Annual report on the working of the lock hospitals in the North-Western Provinces and Oudh
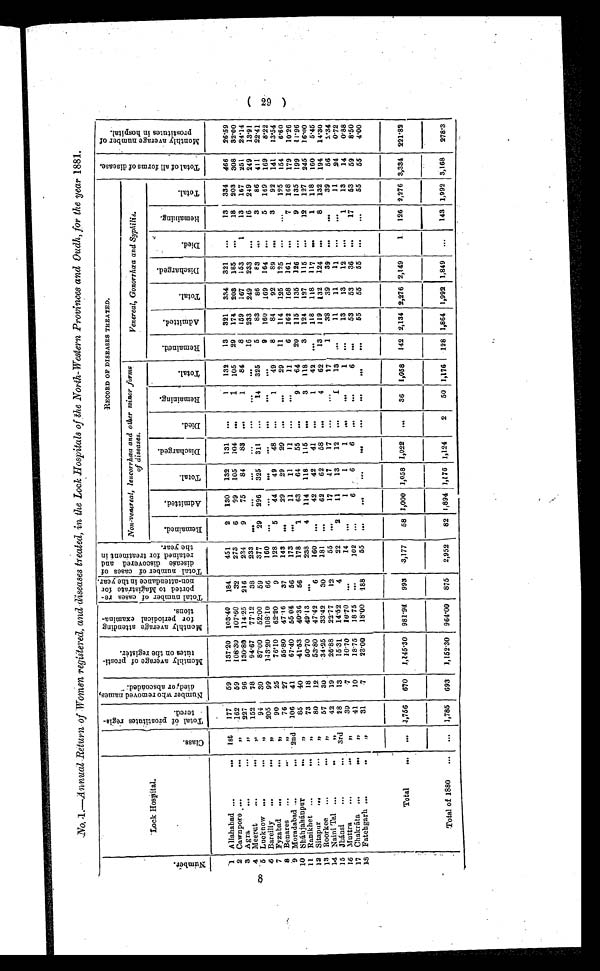
8
No. 1.—Annual Return of Women registered, and diseases treated, in the Lock Hospitals of the North-Western Provinces and Oudh, for the year 1881.
Nu mb e r .
Lock Hospital.
C l a s s .
T o t a l o f p r o s t i t u t e s r e g i s t e r e d .
N u m b e r w h o r e m o v e d n a m e s , d i e d , o r a b s c o n d e d .
M o n t h l y a v e r a g e o f p r o s t i t u t e s o n t h e r e g i s t e r . M o n t h l y a v e r a g e a t t e n d i n g f o r p e r i o d i c a l e x a m i n a t i o n s .
T o t a l n u m b e r o f c a s e s r e p o r t e d t o M a g i s t r a t e f o r n o n - a t t e n d a n c e i n t h e y e a r . T o t a l n u m b e r o f c a s e s o f d i s e a s e d i s c o v e r e d a n d r e t a i n e d f o r t r e a t m e n t i n t h e y e a r .
RECORD OF DISEASES TREATED.
T o t a l o f a l l f o r m s o f d i s e a s e s .
M o n t h l y a v e r a g e n u m b e r o f p r o s t i t u t e s i n h o s p i t a l .
Non venereal, leucorrhæa and other minor for
ms of diseases.
Venereal, Gonorrhœa and Syphilis.
R e m a i n e d .
A d m i t t e d .
T o t a l .
D i s c h a r g e d .
Di e d .
R e m a i n i n g .
T o t a l .
R e m a i n e d .
A d m i t t e d .
T o t a l .
D i s c h a r g e d .
D i e d .
R e m a i n i n g .
T o t a l .
1 Allahabad ...
... 1st 177
59
137.20 103.40 184
451
2 130 132 131 ...
1 132
13 321 334 321
...
13 334 466 26.59
2 Cawnpore ...
... ,,
162 59
108.30 107.60
32
273
6
99 105 104 ...
1 105 29 174 203 185 ...
18 203 308 32.00
3 Agra
...
...
,,
227
96
130.80 114.25 216
234
9
75
84
83 ...
1
84
8 159 167 153
1
13 167 251 24.14
4 Meerut
...
...
,,
152
78
94.67 77.12
38
233
... ... ... ... ... ... ...
16 233 249 233 ...
16 249 249 13.91
5 Lucknow ...
...
„
94 30
87.00 52.00 59
377
29 296 325 311 ...
14 325
5
83 86
83 . . .
3 86 411 22.41
6 Bareilly ...
...
,,
205
99
113.20 108.10
66
160 ...
... ... ... ... ... ...
9 160 169 164 ...
5 169 169
8.22
7 Fyzabad ...
...
,,
90
25
76.10 62.20
9
128
5
44 49
48 ...
1
49
8
84
92
89 ...
3
92 141 13.54
8 Benares ...
...
,,
76
27
55.80 47.16 37
143 ...
29 29
29 ...
...
29
11 114 125 125 ...
...
125 154
6.60
9 Moradabad ...
... 2nd 106
41
67.40 55.04
56
173 ...
11
11
11 ...
...
11
6 162 168 161 ...
7
168 179 10.26
10 Sháhjahánpur
...
,,
85
40
41.53 40.36 56
178
1
63 64
55 ...
9
64 20 115 135 126 ...
9 135 199 11.96
11 Ranikhet ...
...
,,
73
18
50.70 49.13 ...
238
4 114 118 115 ...
3 118
3 124 127 115 ...
12 127 245 16.00
12 Sitapur ...
... ,,
80
12
53.80 47.42
6
160 ...
42 42
41 ...
1 42 ...
118 118 117 ...
1 118 160
5.45
13 Roorkee ...
...
,,
57
30
34.25 33.42
30
181 ...
62
62
58 ...
4
62
13 119 132 124 ...
8 132 194 14.30
14 Naini Tal ...
..
,,
42
19
26.88 22.77
12
55 ...
17 17
17 ...
...
17
1
38 39
39 . . .
....
39 66
2.34
15 Jhánsi
...
... 3rd
28
13
15.31 14.52
4
22
2
11
13
12 ...
1
13 ...
11
11
11 ...
...
11 24
0.72
16 Muttra
...
...
,,
30
7
10.70 10.70 ...
14 . . .
1
1
1 . . .
...
1 ...
13
13
12 ...
1
13
14
0.88
17 Chakráta ... ...
,,
41
10
18.75 18.75 ...
102 ...
6
6
6 . . .
...
6 . . .
53 53
36 ...
17 53 59
8.50
18 Fatebgarh ...
...
,,
31
7
23.00 18.00 188
55 ...
. . .
...
. . .
...
... ... ...
5 5 55 55 ...
. . .
55
55
4.00
Total
... ... 1.756 670 1,145.30 981.94 993 3,177
58 1,000 1,058 1,022 ...
36 1,058 142 2,134 2,276 2,149
1 126 2,276 3,334 221.82
Total of 1880 ... ... 1,785 693 1,152.30 964.00 875 2,952 82 1,894 1,176 1,124
2
50 1,176 128 1,864 1,992 1,849 ...
143 1,992 3,168 278.3
( 29 )